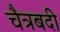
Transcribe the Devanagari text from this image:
चैत्रबदी